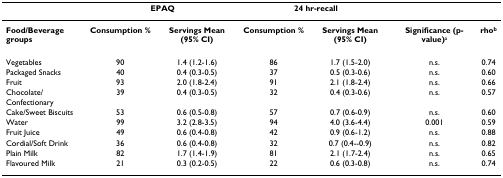
<table><thead><tr><td></td><td colspan="2"><b>EPAQ</b></td><td colspan="2"><b>24 hr-recall</b></td><td></td><td></td></tr></thead><tbody><tr><td><b>Food/Beverage groups</b></td><td><b>Consumption %</b></td><td><b>Servings Mean (95% CI)</b></td><td><b>Consumption %</b></td><td><b>Servings Mean (95% CI)</b></td><td><b>Significance (p-value)</b><sup>a</sup></td><td><b>rho<sup>b</sup></b></td></tr><tr><td>Vegetables</td><td>90</td><td>1.4 (1.2-1.6)</td><td>86</td><td>1.7 (1.5-2.0)</td><td>n.s.</td><td>0.74</td></tr><tr><td>Packaged Snacks</td><td>40</td><td>0.4 (0.3-0.5)</td><td>37</td><td>0.5 (0.3-0.6)</td><td>n.s.</td><td>0.60</td></tr><tr><td>Fruit</td><td>93</td><td>2.0 (1.8-2.4)</td><td>91</td><td>2.1 (1.8-2.4)</td><td>n.s.</td><td>0.66</td></tr><tr><td>Chocolate/Confectionary</td><td>39</td><td>0.4 (0.3-0.5)</td><td>32</td><td>0.4 (0.3-0.6)</td><td>n.s.</td><td>0.57</td></tr><tr><td>Cake/Sweet Biscuits</td><td>53</td><td>0.6 (0.5-0.8)</td><td>57</td><td>0.7 (0.6-0.9)</td><td>n.s.</td><td>0.60</td></tr><tr><td>Water</td><td>99</td><td>3.2 (2.8-3.5)</td><td>94</td><td>4.0 (3.6-4.4)</td><td>0.001</td><td>0.59</td></tr><tr><td>Fruit Juice</td><td>49</td><td>0.6 (0.4-0.8)</td><td>42</td><td>0.9 (0.6-1.2)</td><td>n.s.</td><td>0.88</td></tr><tr><td>Cordial/Soft Drink</td><td>36</td><td>0.6 (0.4-0.8)</td><td>32</td><td>0.7 (0.4--0.9)</td><td>n.s.</td><td>0.82</td></tr><tr><td>Plain Milk</td><td>82</td><td>1.7 (1.4-1.9)</td><td>81</td><td>2.1 (1.7-2.4)</td><td>n.s.</td><td>0.65</td></tr><tr><td>Flavoured Milk</td><td>21</td><td>0.3 (0.2-0.5)</td><td>22</td><td>0.6 (0.3-0.8)</td><td>n.s.</td><td>0.74</td></tr></tbody></table>